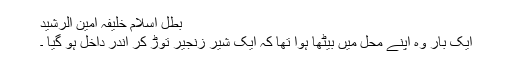
بطل اسلام خلیفہ امین الرشید​
ایک بار وہ اپنے محل میں بیٹھا ہوا تھا کہ ایک شیر زنجیر توڑ کر اندر داخل ہو گیا ۔